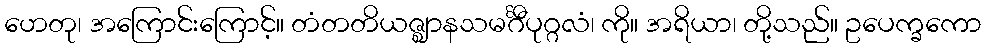
ဟေတု၊ အကြောင်းကြောင့်။ တံတတိယဇ္ဈာနသမင်္ဂီပုဂ္ဂလံ၊ ကို။ အရိယာ၊ တို့သည်။ ဥပေက္ခကော